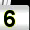
Digit: 6